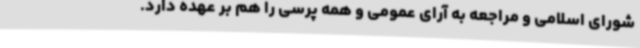
شورای اسلامی و مراجعه به آرای عمومی و همه پرسی را هم بر عهده دارد.